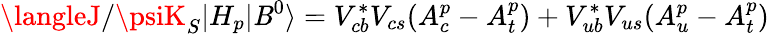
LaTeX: \langleJ/\psiK_{S}|H_{p}|\mathit{B}^{0}\rangle=V_{cb}^{\ast}V_{cs}(A_{c}^{p}-A_{t}^{p})+V_{ub}^{\ast}V_{us}(A_{u}^{p}-A_{t}^{p})